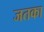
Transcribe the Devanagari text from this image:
जतका